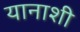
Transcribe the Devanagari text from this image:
यानाशी